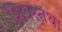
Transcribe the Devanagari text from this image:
शिवस्तथा